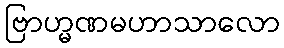
ဗြာဟ္မဏမဟာသာလော